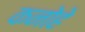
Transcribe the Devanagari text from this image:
कनोहे